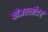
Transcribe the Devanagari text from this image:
चीअरलीडर